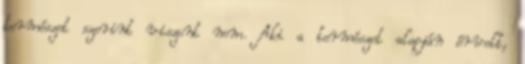
természet szerint viszont nem. Aki a természet alapján érvelt,